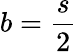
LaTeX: {b=\frac{s}{2}}